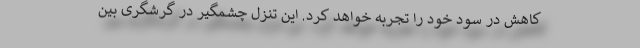
کاهش در سود خود را تجربه خواهد کرد. این تنزل چشمگیر در گرشگری بین